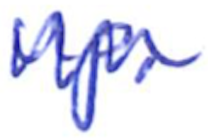
Text: up.
Cross-out: zig-zag
Writing tool: ballpoint